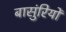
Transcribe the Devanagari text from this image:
बासुंरियों